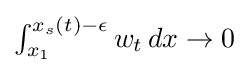
{\textstyle \int _{x_{1}}^{x_{s}(t)-\epsilon }w_{t}\,dx\to 0}